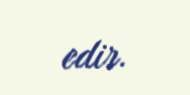
edir.